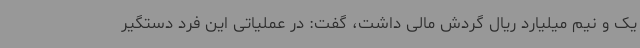
یک و نیم میلیارد ریال گردش مالی داشت، گفت: در عملیاتی این فرد دستگیر